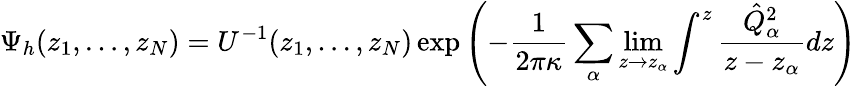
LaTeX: \Psi_{h}(z_{1},\dots,z_{N})=U^{-1}(z_{1},\dots,z_{N})\exp\left(-{\frac{1}{2\pi\kappa}}\sum_{\alpha}\operatorname*{lim}_{z\rightarrow z_{\alpha}}\int^{z}{\frac{\hat{Q}_{\alpha}^{2}}{z-z_{\alpha}}}dz\right)